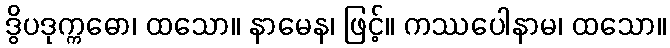
ဒွိပဒုက္ကဓော၊ ထသော။ နာမေန၊ ဖြင့်။ ကဿပေါနာမ၊ ထသော။